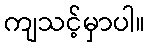
ကျသင့်မှာပါ။